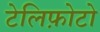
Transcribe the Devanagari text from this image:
टेलिफ़ोटो